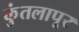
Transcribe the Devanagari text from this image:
कुंतलापूर